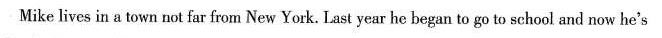
Mike lives in a town not far from New York. Last year he began to go to school and now he's